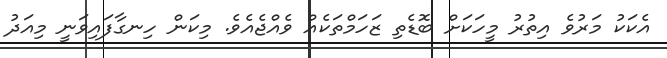
އެކަކު މަރުވެ އިތުރު މީހަކަށް ބޮޑެތި ޒަހަމްތަކެއް ވެއްޖެއެވެ. މިކަން ހިނގާފައިވަނީ މިއަދު